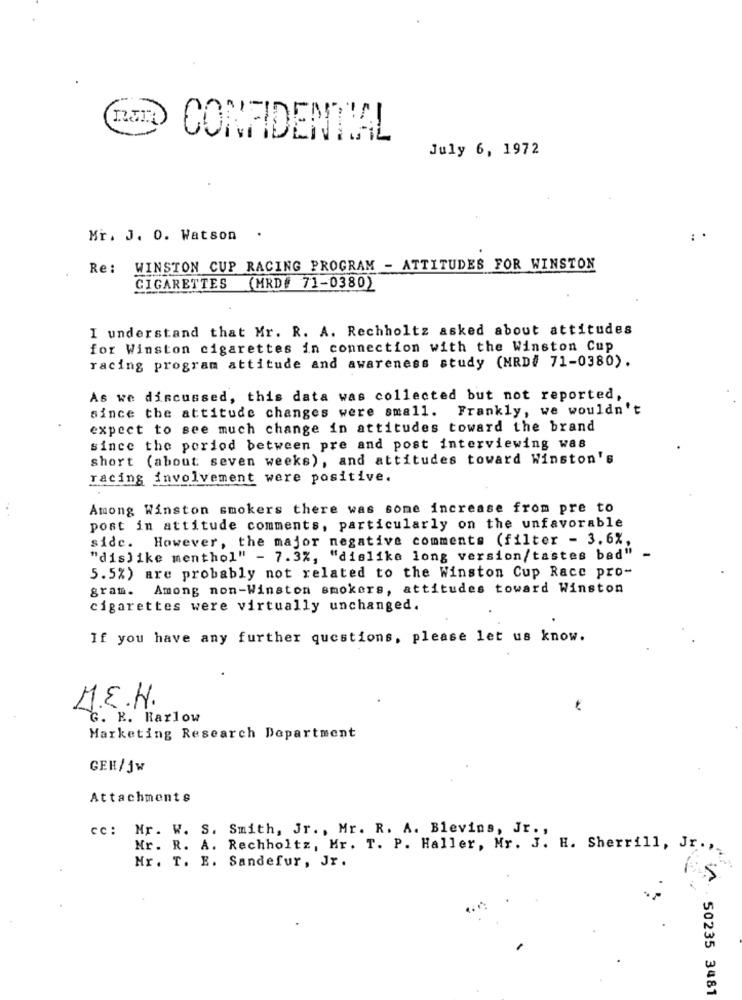
CONFIDENTIAL
July 6, 1972
Mr. J. O. Watson
Re: WINSTON CUP RACING PROGRAM - ATTITUDES FOR WINSTON
CIGARETTES (MRD# 71-0380)
I understand that Mr. R. A. Rechholtz asked about attitudes
for Winston cigarettes in connection with the Winston Cup
racing program attitude and awareness study (MRD# 71-0380).
As we discussed, this data was collected but not reported,
since the attitude changes were small. Frankly, we wouldn't
expect to see much change in attitudes toward the brand
since the period between pre and post interviewing was
short (about seven weeks), and attitudes toward Winston's
racing involvement were positive.
Among Winston smokers there was some increase from pre to
post in attitude comments, particularly on the unfavorable
side. However, the major negative comments (filter - 3.6%,
"dislike menthol" - 7.3%, "dislike long version/tastes bad"
5.5%) are probably not related to the Winston Cup Race pro-
gram. Among non-Winston smokers, attitudes toward Winston
cigarettes were virtually unchanged.
If you have any further questions, please let us know.
M.E.H.
G. K. Rarlow
Marketing Research Department
GEH/Jw
Attachments
cc: Mr. W. S. Smith, Jr ., Mr. R. A. Blevins, Jr .,
Mr. R. A. Rechholtz, Mr. T. P. Haller, Mr. J. H. Sherrill, Jr. ,
Mr. T. E. Sandefur, Jr.
A 50235 3481